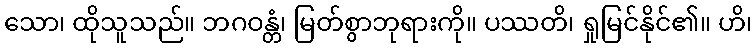
သော၊ ထိုသူသည်။ ဘဂဝန္တံ၊ မြတ်စွာဘုရားကို။ ပဿတိ၊ ရှုမြင်နိုင်၏။ ဟိ၊